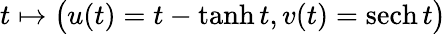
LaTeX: t\mapsto{\big(}u(t)=t-\operatorname{tanh}t,v(t)=\operatorname{sech}t{\big)}